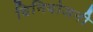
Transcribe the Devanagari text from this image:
विनियोजनी